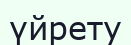
үйрету